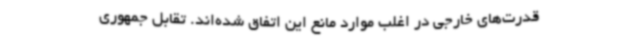
قدرت‌های خارجی در اغلب موارد مانع این اتفاق شده‌اند. تقابل جمهوری